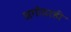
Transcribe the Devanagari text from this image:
अगोदरही